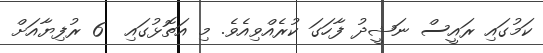
ކަމުގައި ރައީސް ނަޝީދު ފާހަގަ ކުރެއްވިއެވެ. މި އަތޮޅުގައި  6 ރުފިޔާއަށް